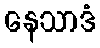
နေသာဒံ